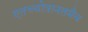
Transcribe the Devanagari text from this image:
एतच्चोत्रानतमैव